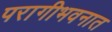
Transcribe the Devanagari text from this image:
परागीभवनात